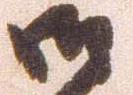
御